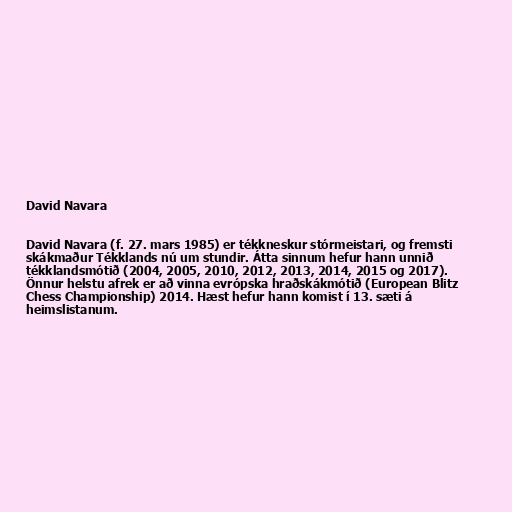
David Navara

David Navara (f. 27. mars 1985) er tékkneskur stórmeistari, og fremsti
skákmaður Tékklands nú um stundir. Átta sinnum hefur hann unnið
tékklandsmótið (2004, 2005, 2010, 2012, 2013, 2014, 2015 og 2017).
Önnur helstu afrek er að vinna evrópska hraðskákmótið (European Blitz
Chess Championship) 2014. Hæst hefur hann komist í 13. sæti á
heimslistanum.